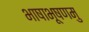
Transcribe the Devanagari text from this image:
भाषाभूषणमु